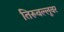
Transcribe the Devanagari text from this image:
तिरूवल्लूवर